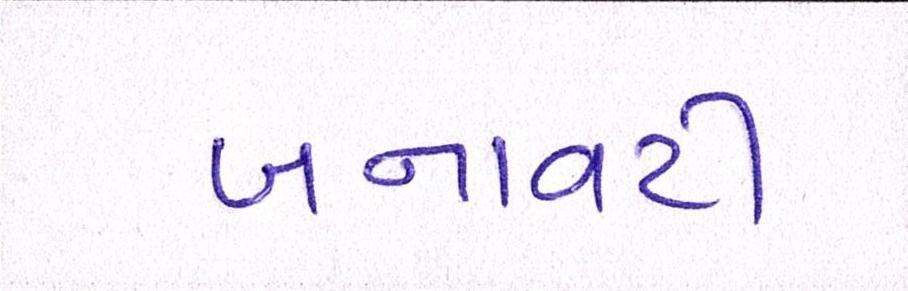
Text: બનાવટી